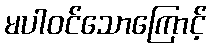
မပါဝင်သောကြောင့်